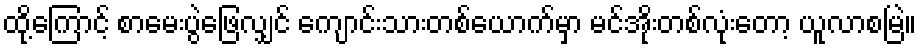
ထို့ကြောင့် စာမေးပွဲဖြေလျှင် ကျောင်းသားတစ်ယောက်မှာ မင်အိုးတစ်လုံးတော့ ယူလာစမြဲ။